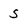
Character: s